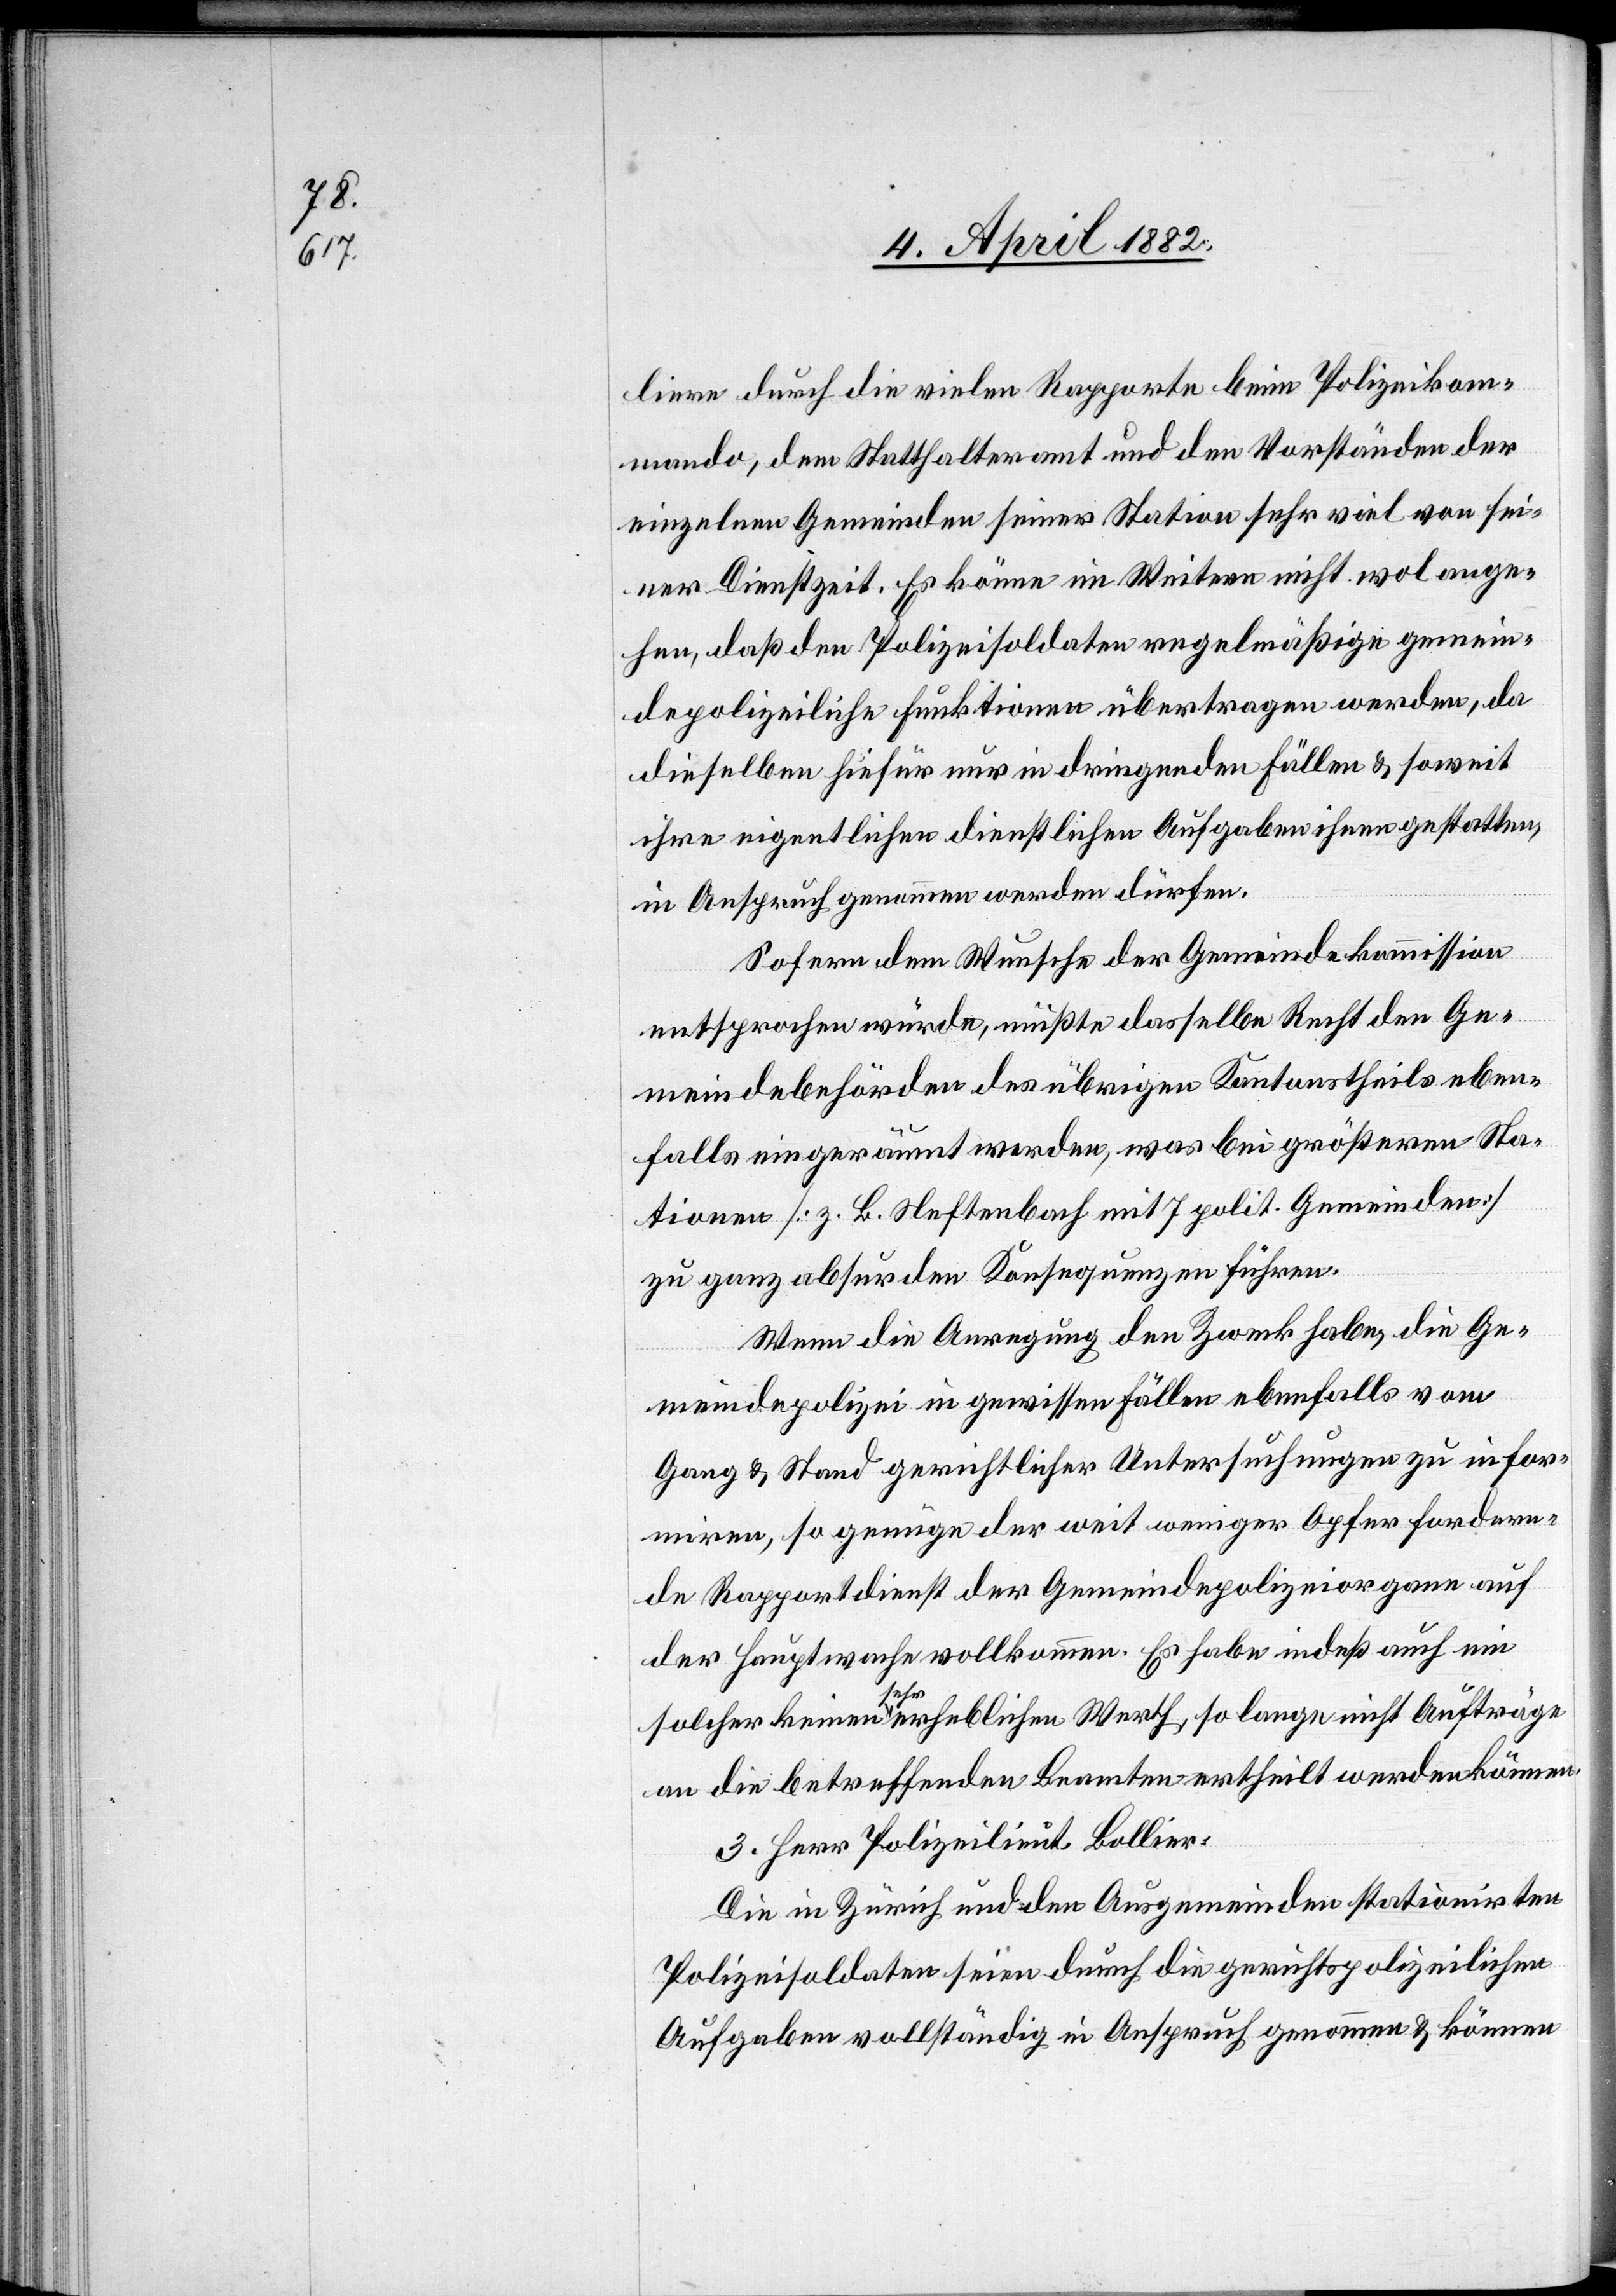
liere durch die vielen Rapporte beim Polizeikom¬
mando, dem Statthalteramt und den Vorständen der
einzelnen Gemeinden seiner Station sehr viel von sei¬
ner Dienstzeit. Es könne im Weitern nicht wol ange¬
hen, daß den Polizeisoldaten regelmäßige gemein¬
depolizeiliche Funktionen übertragen werden, da
dieselben hiefür nur in dringenden Fällen & soweit
ihre eigentlichen dienstlichen Aufgaben ihnen gestatten,
in Anspruch genommen werden dürfen.
Sofern dem Wunsche der Gemeindekommission
entsprochen würde, müßte dasselbe Recht den Ge¬
meindebehörden des übrigen Kantonstheils eben¬
falls eingeräumt werden, was bei größeren Sta¬
tionen [z. B. Neftenbach mit 7 polit. Gemeinden]
zu ganz absurden Konsequenzen führen
Wenn die Anregung den Zweck habe, die Ge¬
meindepolizei in gewissen Fällen ebenfalls vom
Gang & Stand gerichtlicher Untersuchungen zu infor¬
miren, so genüge der weit weniger Opfer fordern¬
de Rapportdienst der Gemeindepolizeiorgane auf
der Hauptwache vollkommen. Es habe indeß auch ein
solcher keinen sehr erheblichen Werth, so lange nicht Aufträge
an die betreffenden Beamten ertheilt werden können.
Herr Polizeilieut. Bollier:
Die in Zürich und den Ausgemeinden stationirten
Polizeisoldaten seien durch die gerichtspolizeilichen
Aufgaben vollständig in Anspruch genommen & können